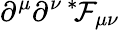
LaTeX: \partial^{\mu}\partial^{\nu\: *\! }\mathcal{F}_{\mu\nu}